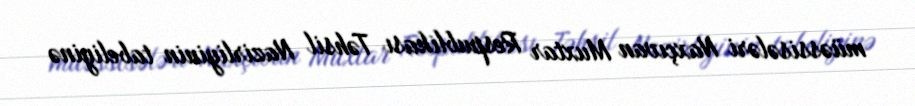
müəssisələri Naxçıvan Muxtar Respublikası Təhsil Nazirliyinin tabeliyinə